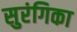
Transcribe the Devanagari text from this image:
सुरंगिका